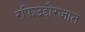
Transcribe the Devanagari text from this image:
रफिउद्दौरजात